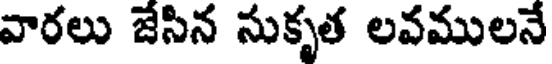
వారలు జేసిన సుకృత లవములనే